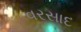
વરસાદ